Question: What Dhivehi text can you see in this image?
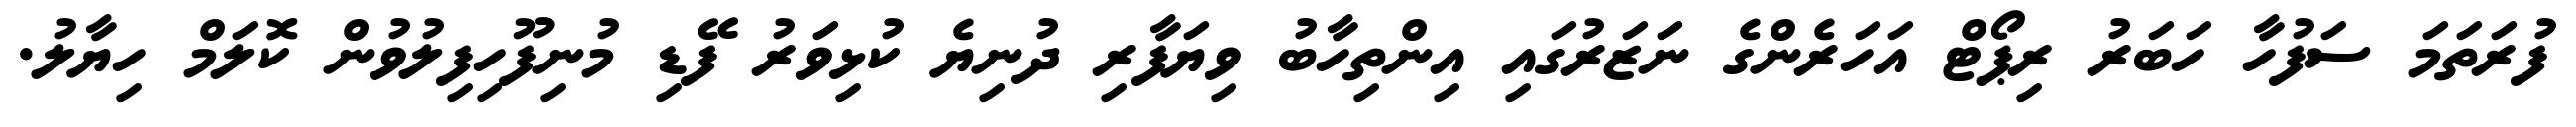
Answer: ފުރަތަމަ ސަފުހާ ހަބަރު ރިޕޯޓް އަހަރެންގެ ނަޒަރުގައި އިންތިހާބު ވިޔަފާރި ދުނިޔެ ކުޅިވަރު ފޭޑި މުނިފޫހިފިލުވުން ކޮލަމް ހިޔާލު.